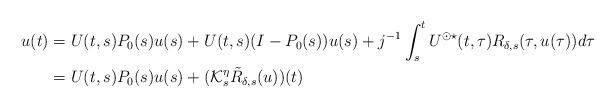
LaTeX: \begin{align*} u(t) &= U(t,s)P_0(s) u(s) + U(t,s)(I-P_0(s))u(s) + j^{-1} \int_s^t U^{\odot \star}(t,\tau) R_{\delta,s}(\tau,u(\tau)) d\tau\\ &= U(t,s)P_0(s) u(s) + (\mathcal{K}_s^\eta \tilde{R}_{\delta,s}(u))(t)\end{align*}